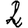
Digit: 2